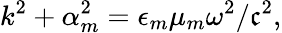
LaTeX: k^{2}+\alpha_{m}^{2}=\epsilon_{m}\mu_{m}\omega^{2}/\mathfrak{c}^{2},